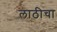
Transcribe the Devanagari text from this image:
लाठीचा